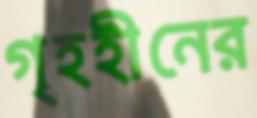
গৃহহীনের